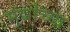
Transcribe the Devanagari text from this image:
मुद्यांच्या